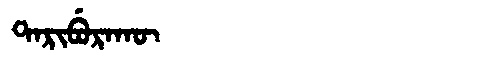
Manchu: ᡨᠠᡵᡳᠪᡠᡵᠠᡴᡡ
Romanization: TARIBURAKŪ